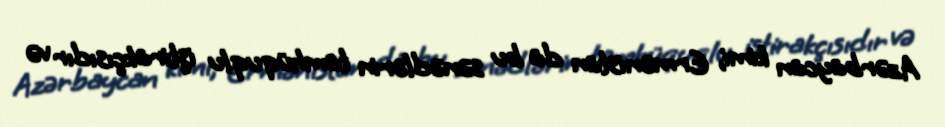
Azərbaycan kimi, Ermənistan da bu sənədlərin tamhüquqlu iştirakçısıdır və